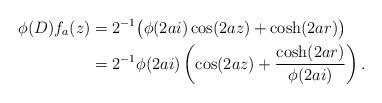
LaTeX: \begin{align*}\phi(D) f_a(z) & = 2^{-1}\big( \phi(2ai)\cos(2az)+ \cosh(2ar)\big) \\& = 2^{-1} \phi(2ai) \left( \cos(2az) + \frac{\cosh(2ar)}{\phi(2ai)}\right).\end{align*}